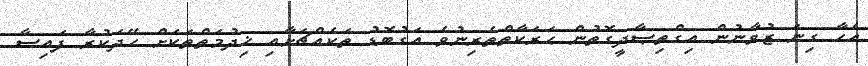
އެހާ ގިނަ ޒުވާނުން އިގްތިޞާދީގޮތުން ޙަރަކާތްތެރިނުވެ އަގުބޮޑު ތަކެއްޗަށާއި ޚިދުމަތްތަކަށް ހޭދަކުރާ ފައިސާ